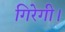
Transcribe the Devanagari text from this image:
गिरेगी।